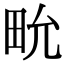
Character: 㽙